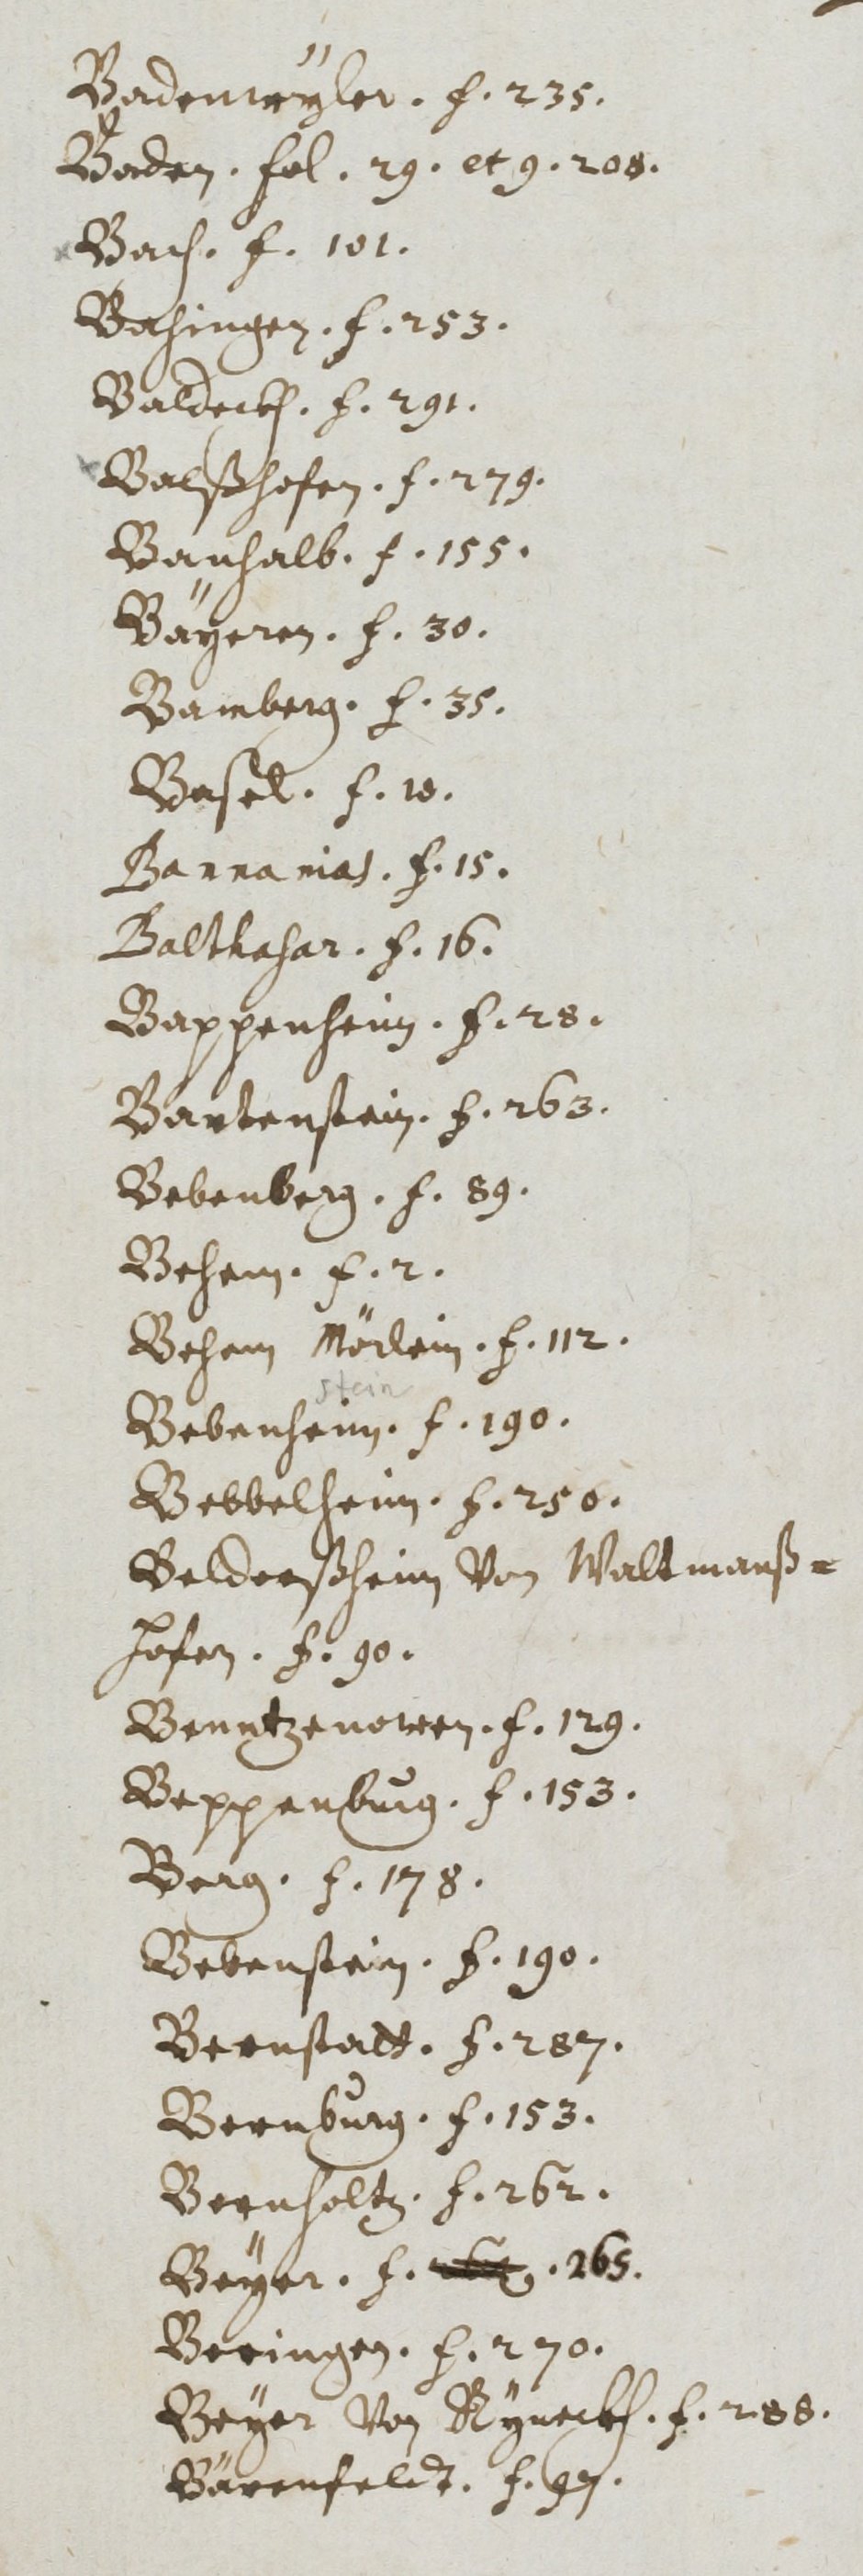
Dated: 1400–1499